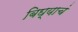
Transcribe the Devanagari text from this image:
बिघ्याचं